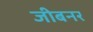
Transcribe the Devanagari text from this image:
जीबनर